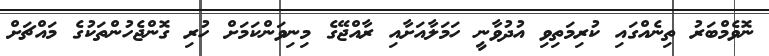
ނޮވެމްބަރު ތިނެއްގައި ކުރިމަތިވި އުދުވާނީ ހަމަލާއަށާއި ރާއްޖޭގެ މިނިވަންކަމަށް ހުރި ގޮންޖެހުންތަކުގެ މައްޗަށް